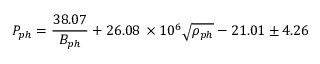
P _ { p h } = \frac { 3 8 . 0 7 } { B _ { p h } } + 2 6 . 0 8 \, \times 1 0 ^ { 6 } \sqrt { \rho _ { p h } } - 2 1 . 0 1 \pm 4 . 2 6